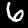
Label: 6